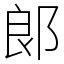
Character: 郞